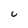
Character: u